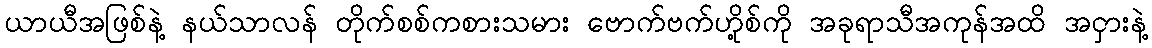
ယာယီအဖြစ်နဲ့ နယ်သာလန် တိုက်စစ်ကစားသမား ဗောက်ဗက်ဟို့စ်ကို အခုရာသီအကုန်အထိ အငှားနဲ့